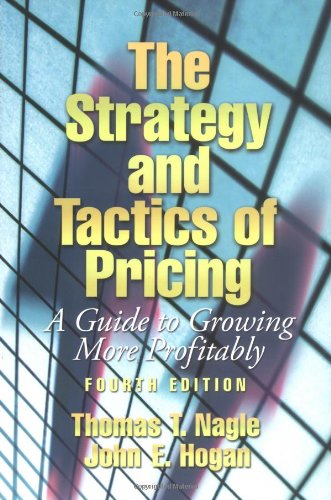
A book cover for The Strategy and Tactics of Pricing: A Guide to Growing More Profitably (4th Edition); Thomas T. Nagle; Business & Money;